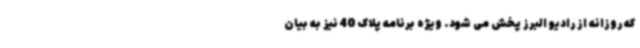
که روزانه از رادیو البرز پخش می شود. ویژه برنامه پلاک 40 نیز به بیان